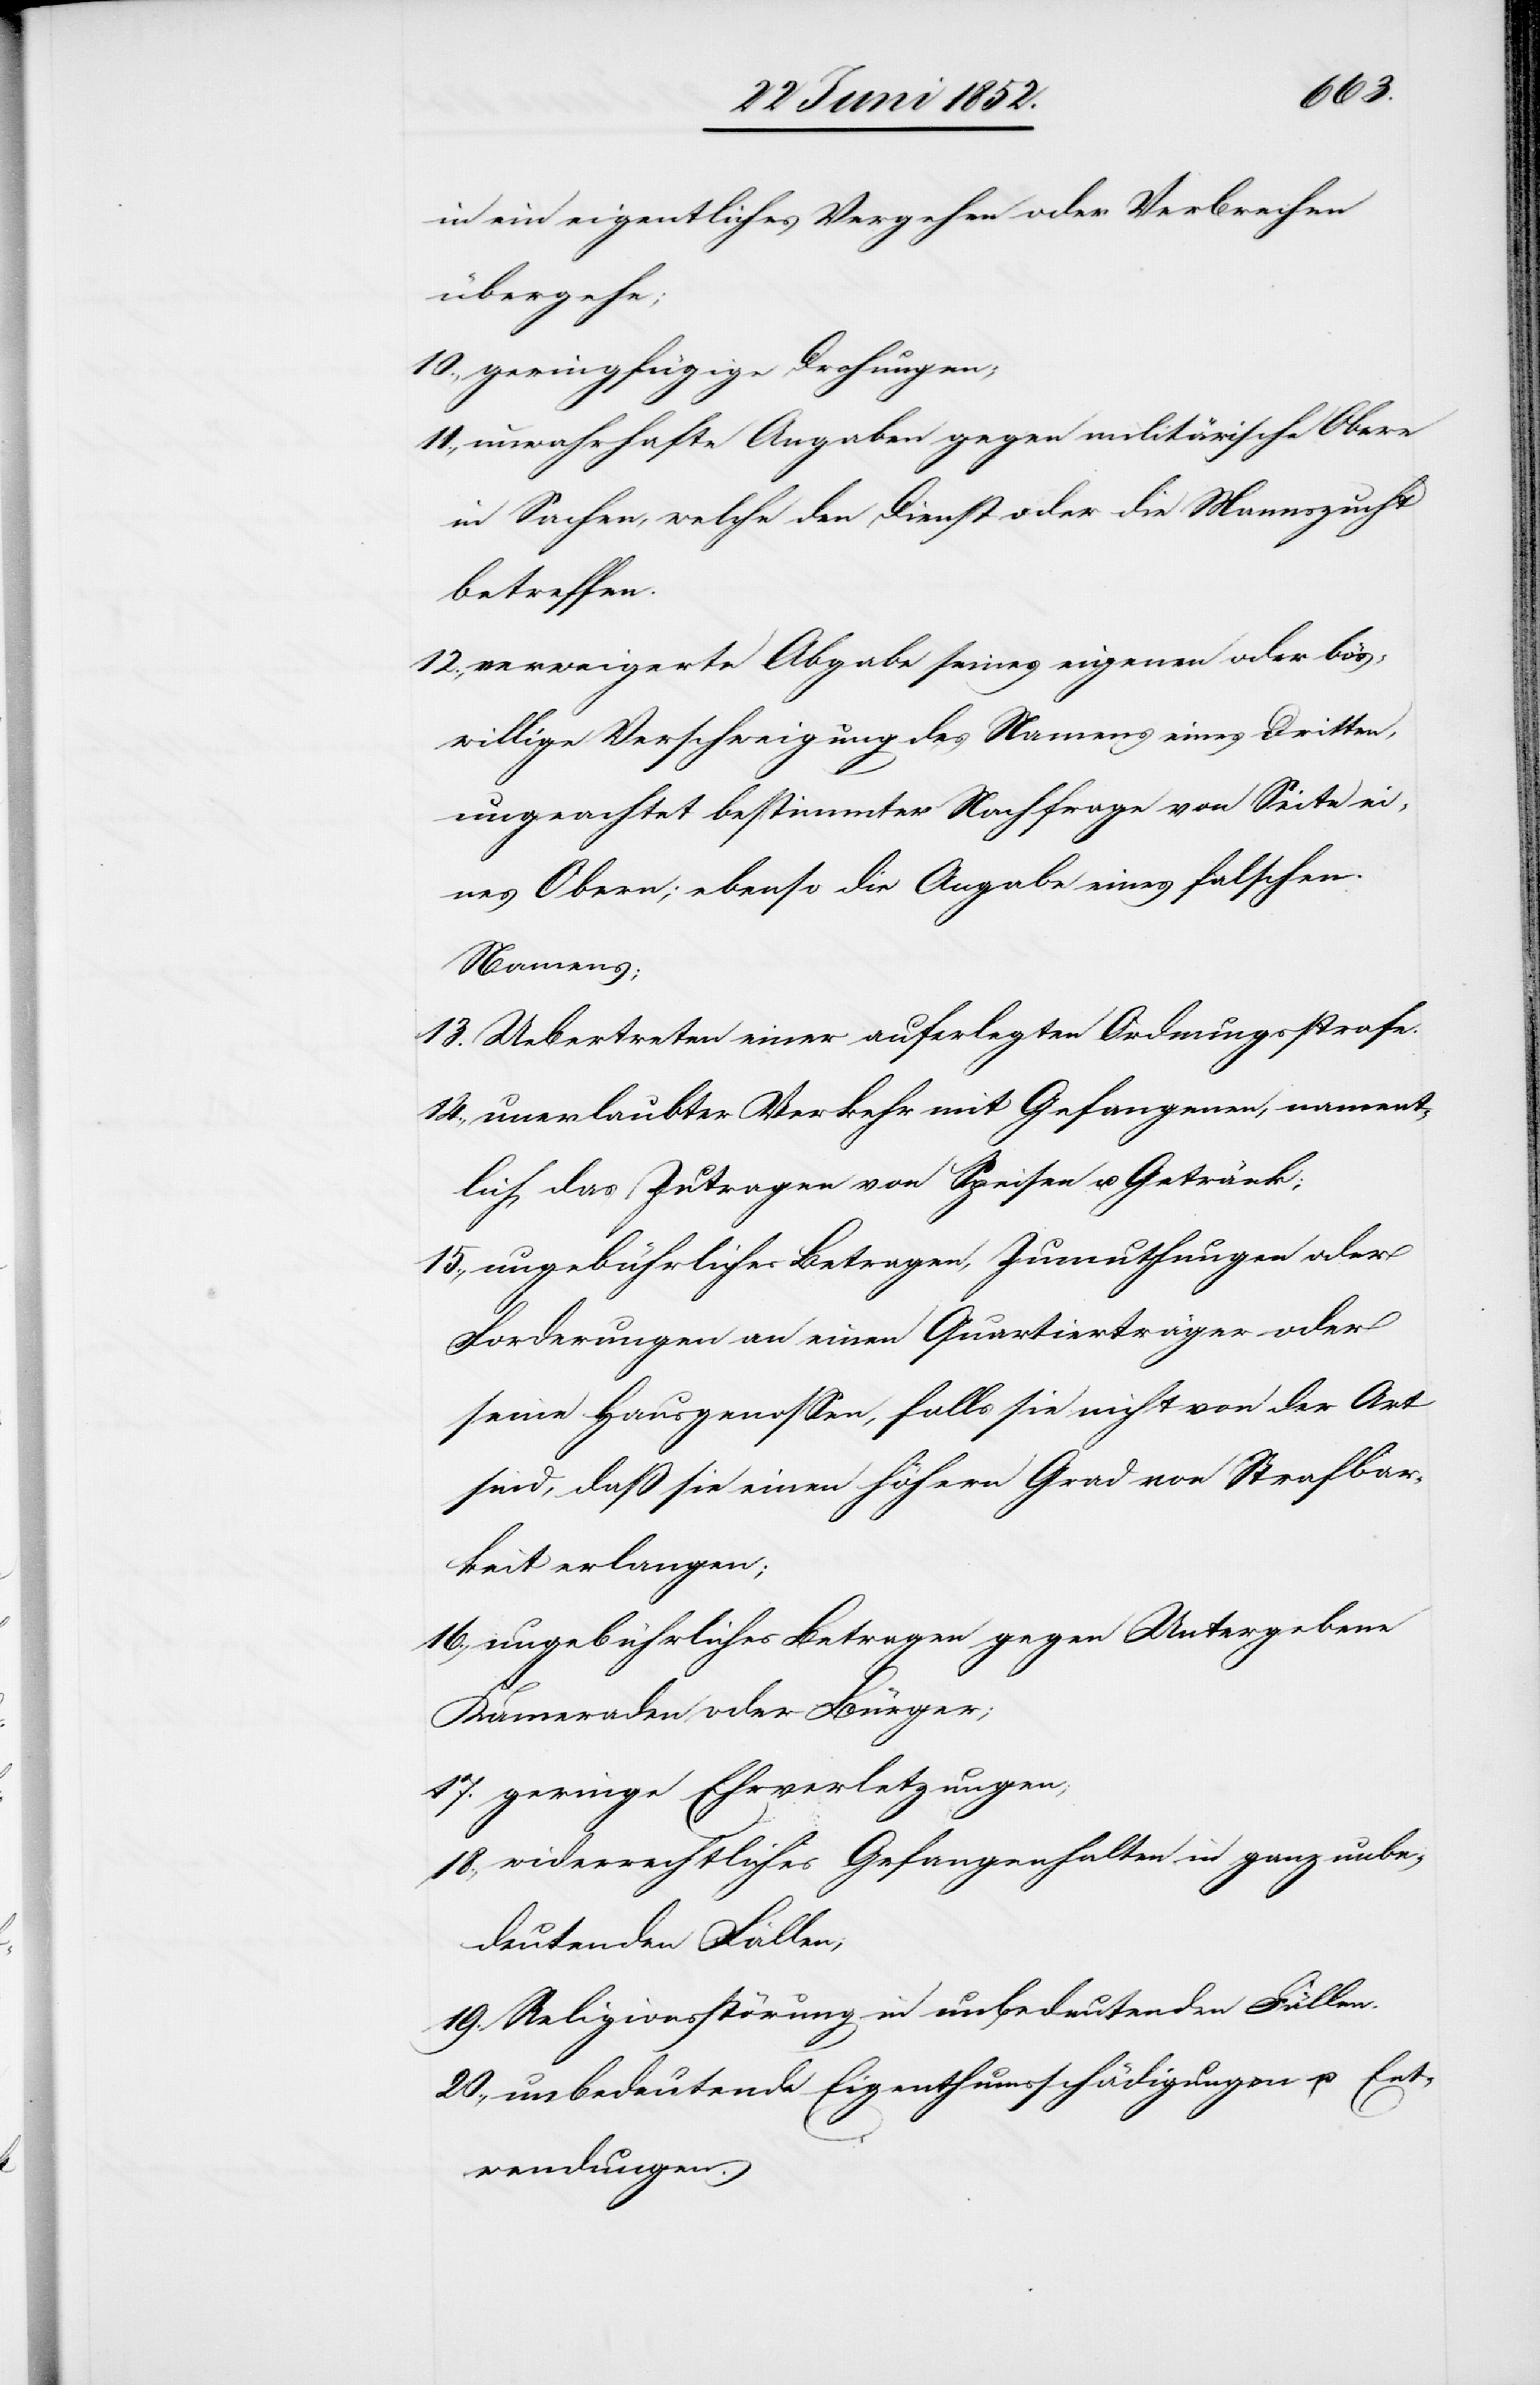
in ein eigentliches Vergehen oder Verbrechen
übergehe;
geringfügige Drohungen;
unwahrhafte Angaben gegen militärische Obere
in Sachen, welche den Dienst oder die Mannszucht
betreffen.
verweigerte Abgabe seines eigenen oder bös¬
willige Verschweigung des Namens eines Dritten,
ungeachtet bestimmter Nachfrage von Seite ei¬
nes Obern; ebenso die Angabe eines falschen
Namens;
Uebertreten einer auferlegten Ordnungsstrafe.
unerlaubter Verkehr mit Gefangenen, nament¬
lich das Zutragen von Speisen u. Getränk;
ungebührliches Betragen, Zumuthungen oder
Forderungen an einen Quartierträger oder
seine Hausgenossen, falls sie nicht von der Art
sind, daß sie einen höhern Grad von Strafbar¬
keit erlangen;
ungebührliches Betragen gegen Untergebene
Kameraden oder Bürger;
geringe Ehrverletzungen;
widerrechtliches Gefangenhalten in ganz unbe¬
deutenden Fällen;
Religionsstörung in unbedeutenden Fällen.
unbedeutende Eigenthumsschädigungen u. Ent¬
wendungen.